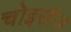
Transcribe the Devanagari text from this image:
चोइसीज